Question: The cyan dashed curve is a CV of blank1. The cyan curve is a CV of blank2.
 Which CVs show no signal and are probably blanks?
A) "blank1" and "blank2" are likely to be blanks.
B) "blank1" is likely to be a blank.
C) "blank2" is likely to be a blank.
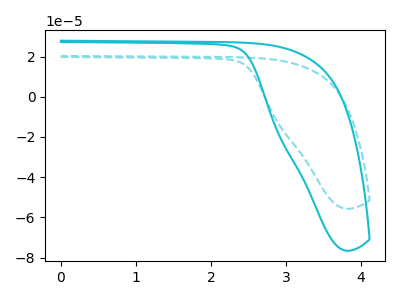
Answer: <think>The cyan dashed curve "blank1" has no peaks. The cyan curve "blank2" has no peaks.</think>
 <answer>A) "blank1" and "blank2" are likely to be blanks.</answer>
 <eval>A</eval>